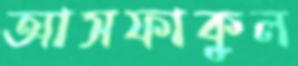
আসফাকুল